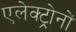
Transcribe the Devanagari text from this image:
एलेक्ट्रोनों